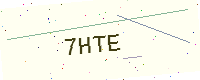
Text: 7HTE